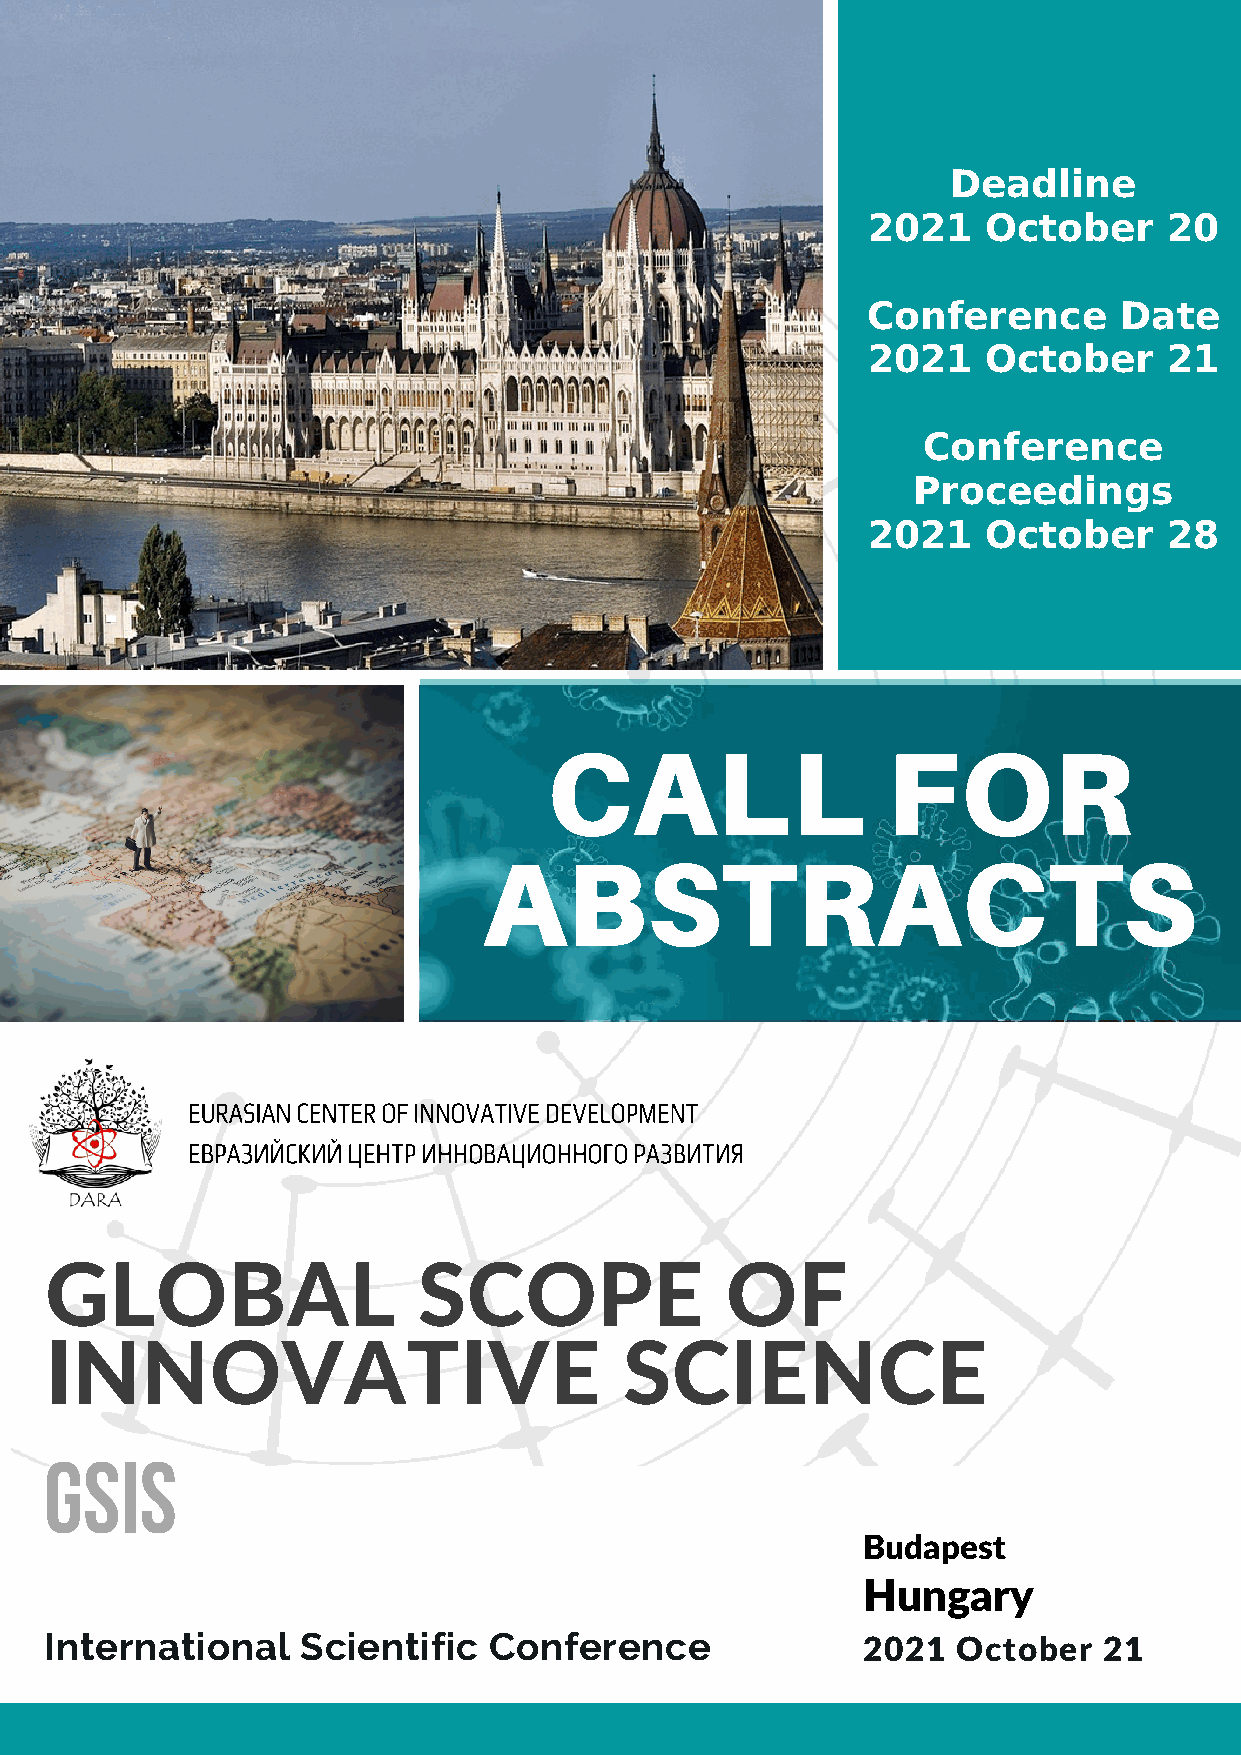
Deadline
 2021    October     20
 Conference       Date
 2021    October     21
 Conference
 Proceedings
 2021    October     28
 CALL                   FOR
 ABSTRACTS
 EURASIAN CENTER OF INNOVATIVE DEVELOPMENT
 ЕВРАЗИЙСКИЙ ЦЕНТР ИННОВАЦИОННОГО РАЗВИТИЯ
 GLOBAL                   SCOPE               OF
 INNOVATIVE                            SCIENCE
 GSIS
 Budapest
 Hungary
 International    Scientific  Conference               2021  October   21